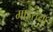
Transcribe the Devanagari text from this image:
माहुरच्या